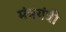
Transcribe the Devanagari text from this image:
मंत्रयंत्री